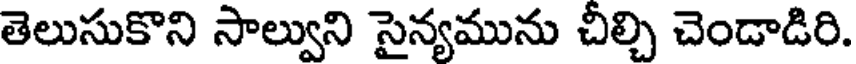
తెలుసుకొని సాల్వుని సైన్యమును చీల్చి చెండాడిరి.